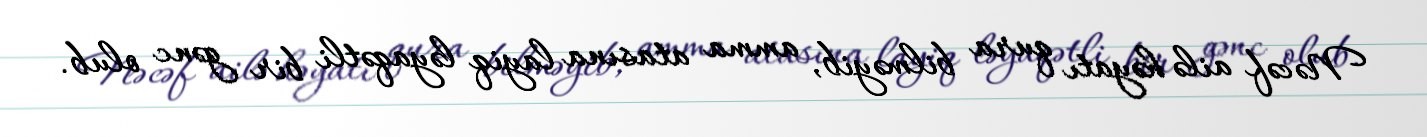
Nəcəf ailə həyatı qura bilməyib, amma atasına layiq ləyaqətli bir gənc olub.